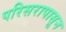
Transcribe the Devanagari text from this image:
परिसरापासून